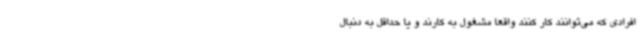
افرادی که می‌توانند کار کنند واقعاً مشغول به کارند و یا حداقل به دنبال